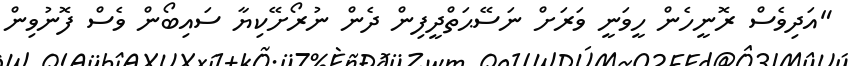
"އަދިވެސް ރޮނީހެން ހީވަނީ ވަރަށް ނަސޭޙަތްދީފިން ދެން ނުރޯށޭކިޔާ ސައިބޯން ވެސް ފޮނުވިން